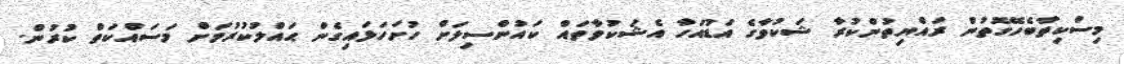
މިސްކިތާބެހޭގޮތުން ރައްޔިތުންކުރާ ޝަކުވާގެ އަޑުއަހާ އެޝަކުވާތައް ކައުންސިލަށް ހުށަހަޅައިގެން ޙައްލުކުރުމަށް މަސައްކަތް ކުރުން.